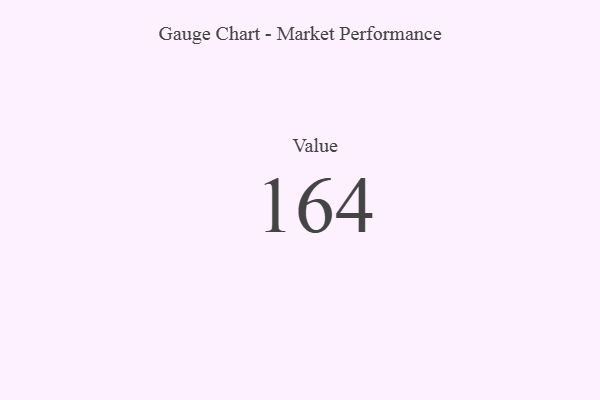
{"axis": {"x": "Metric", "y": "Value"}, "legend": [""], "data": [{"x": "Value", "y": 164, "type": ""}]}